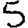
Digit: 5